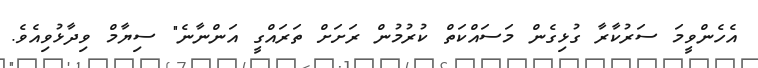
އެހެންވީމަ ސަރުކާރާ ގުޅިގެން މަސައްކަތް ކުރުމުން ރަށަށް ތަރައްގީ އަންނާނެ" ސިޔާމް ވިދާޅުވިއެވެ.